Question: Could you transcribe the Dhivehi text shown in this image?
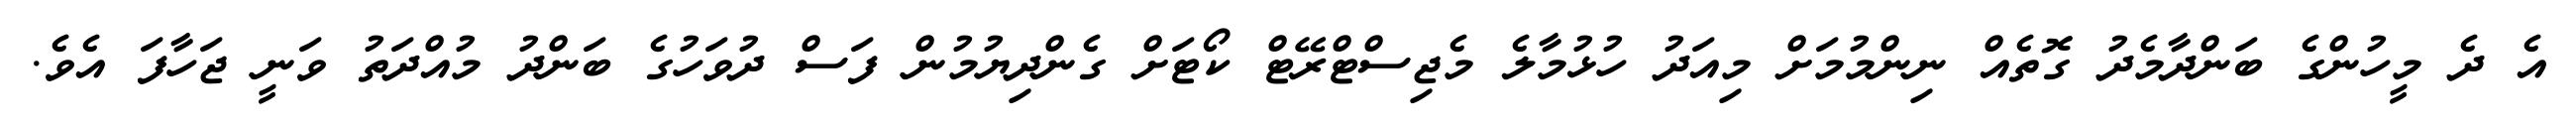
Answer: އެ ދެ މީހުންގެ ބަންދާމެދު ގޮތެއް ނިންމުމަށް މިއަދު ހުޅުމާލެ މެޖިސްޓްރޭޓް ކޯޓަށް ގެންދިޔުމުން ފަސް ދުވަހުގެ ބަންދު މުއްދަތު ވަނީ ޖަހާފަ އެވެ.